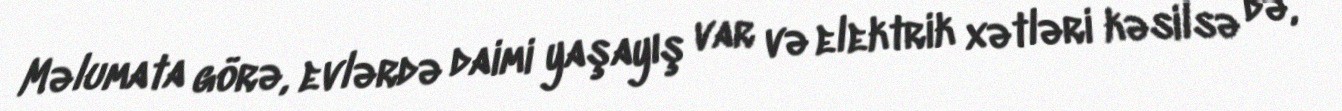
Məlumata görə, evlərdə daimi yaşayış var və elektrik xətləri kəsilsə də,